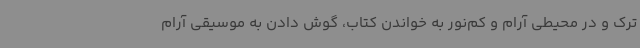
ترک و در محیطی آرام و کم‌نور به خواندن کتاب، گوش دادن به موسیقی آرام